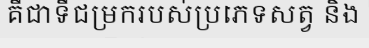
គឺជាទីជម្រករបស់ប្រភេទសត្វ និង